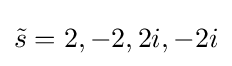
{\tilde {s}}=2,-2,2i,-2i